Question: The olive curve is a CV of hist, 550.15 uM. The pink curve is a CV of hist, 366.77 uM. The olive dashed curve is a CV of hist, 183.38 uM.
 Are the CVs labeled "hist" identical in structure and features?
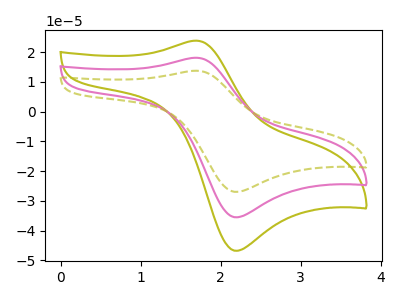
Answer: <think>The olive curve "hist, 550.15 uM" has an anodic peak at (1.70V, 36.25uA) and a cathodic peak at (2.20V, -71.00uA). The pink curve "hist, 366.77 uM" has an anodic peak at (1.70V, 18.15uA) and a cathodic peak at (2.20V, -35.50uA). The olive dashed curve "hist, 183.38 uM" has an anodic peak at (1.70V, 13.75uA) and a cathodic peak at (2.20V, -26.95uA).
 All the peaks in "hist, 550.15 uM" have a peak in "hist, 366.77 uM" at the same potential. Every peak in "hist, 550.15 uM" is higher than every peak in "hist, 366.77 uM". All the peaks in "hist, 550.15 uM" have a peak in "hist, 183.38 uM" at the same potential. Every peak in "hist, 550.15 uM" is higher than every peak in "hist, 183.38 uM". All the peaks in "hist, 366.77 uM" have a peak in "hist, 183.38 uM" at the same potential. Every peak in "hist, 366.77 uM" is higher than every peak in "hist, 183.38 uM".</think>
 <answer>All the CV's of "hist" have similar shape.</answer>
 <eval>follow_rule</eval>